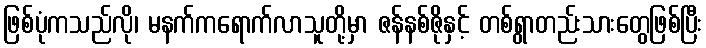
ဖြစ်ပုံကသည်လို၊ မနက်ကရောက်လာသူတို့မှာ ဇန်နစ်ဇိုနှင့် တစ်ရွာတည်းသားတွေဖြစ်ပြီး